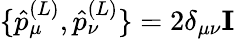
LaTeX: \{ \hat{p}_{\mu}^{(L)},\hat{p}_{\nu}^{(L)}\} =2\delta_{\mu\nu}\mathbf{I}